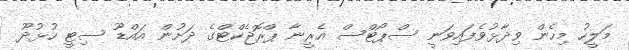
މަލީހު މިހެން ވިދާޅުވެފައިވަނީ ސްޕޯޓްސް އެރީނާ ޕްރޮޖެކްޓްގެ ދަށުން އައްޑޫ ސިޓީ ހުޅުދޫ